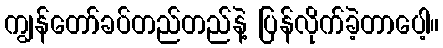
ကျွန်တော်ခပ်တည်တည်နဲ့ ပြန်လိုက်ခဲ့တာပေါ့။